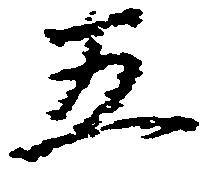
五